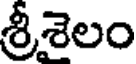
శ్రీశైలం